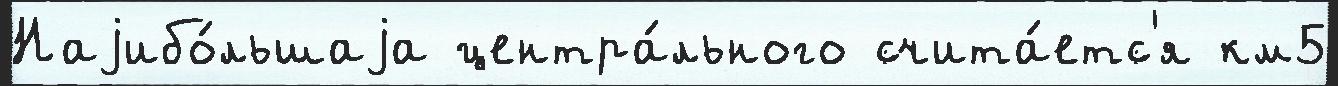
Наjибо́льшаjа центра́льного счита́етс'я км5